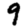
Digit: 9